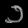
Digit: ၁